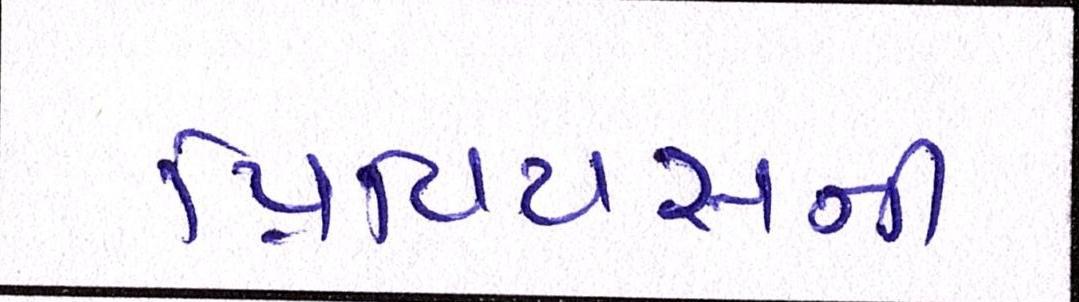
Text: પ્રિવિયસની